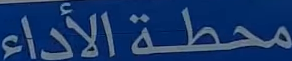
محطةالأداء